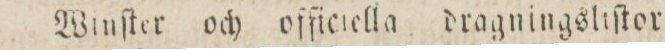
Winſter och officiella dragningsliſtor